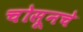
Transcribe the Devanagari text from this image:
चोसूनचे